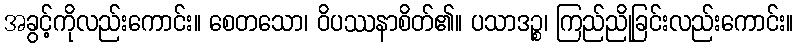
အခွင့်ကိုလည်းကောင်း။ စေတသော၊ ဝိပဿနာစိတ်၏။ ပသာဒဉ္စ၊ ကြည်ညိုခြင်းလည်းကောင်း။